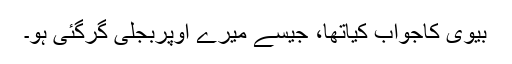
بیوی کاجواب کیاتھا، جیسے میرے اوپربجلی گرگئی ہو۔